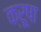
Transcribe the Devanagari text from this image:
क्रूषा